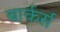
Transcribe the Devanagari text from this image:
बार्कर्स